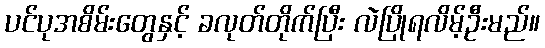
ပင်ပုအစိမ်းတွေနှင့် ခလုတ်တိုက်ပြီး လဲပြိုရလိမ့်ဦးမည်။